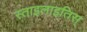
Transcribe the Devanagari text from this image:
स्ताइलाइतिस्